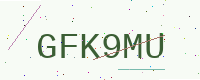
Text: GFK9MU